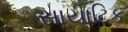
સાયાટિક